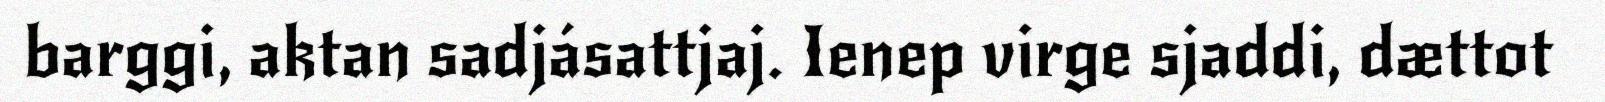
barggi, aktan sadjásattjaj. Ienep virge sjaddi, dættot